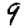
Digit: 9